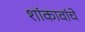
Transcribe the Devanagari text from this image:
शांकावांचे